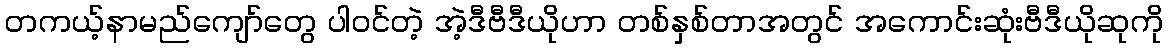
တကယ့်နာမည်ကျော်တွေ ပါဝင်တဲ့ အဲ့ဒီဗီဒီယိုဟာ တစ်နှစ်တာအတွင် အကောင်းဆုံးဗီဒီယိုဆုကို